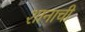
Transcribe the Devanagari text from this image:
शानाची